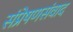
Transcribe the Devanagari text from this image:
संप्रेषणसंवाद